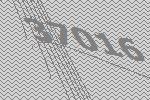
37016